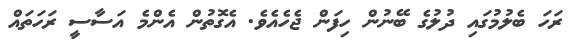
ރަހަ ބެލުމުގައި ދުލުގެ ބޭނުން ހިފަން ޖެހެއެވެ. އެގޮތުން އެންމެ އަސާސީ ރަހަތައް